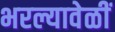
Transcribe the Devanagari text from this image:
भरल्यावेळीं